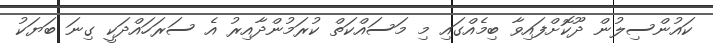
ކައުންސިލުން ދޫކޮށްފައިވާ ބިމެއްގައި މި މަސައްކަތް ކުރަމުންދާއިރު އެ ސަރަހައްދަކީ ގިނަ ބަޔަކު